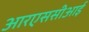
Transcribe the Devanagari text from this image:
आरएससीआई